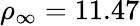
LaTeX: \rho_{\infty}=11.47